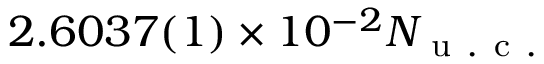
2 . 6 0 3 7 ( 1 ) \times 1 0 ^ { - 2 } N _ { \mathrm { ~ u ~ . ~ c ~ . ~ } }